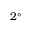
2 ^ { \circ }